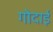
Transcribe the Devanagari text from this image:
गोदाई